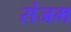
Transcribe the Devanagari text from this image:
संजम